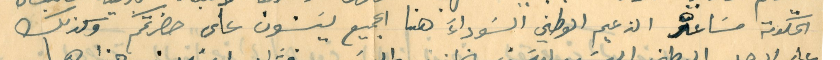
الحكومة مسَاعده الزعيم الوطني السَوداءَ هنا الجميع يسَنون على حضرتكم وكذلك